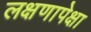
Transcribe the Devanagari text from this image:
लक्षणापेक्षा